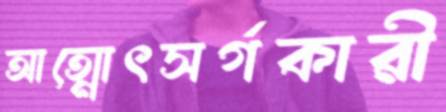
আত্মোৎসর্গকারী